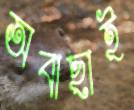
অবাছাই